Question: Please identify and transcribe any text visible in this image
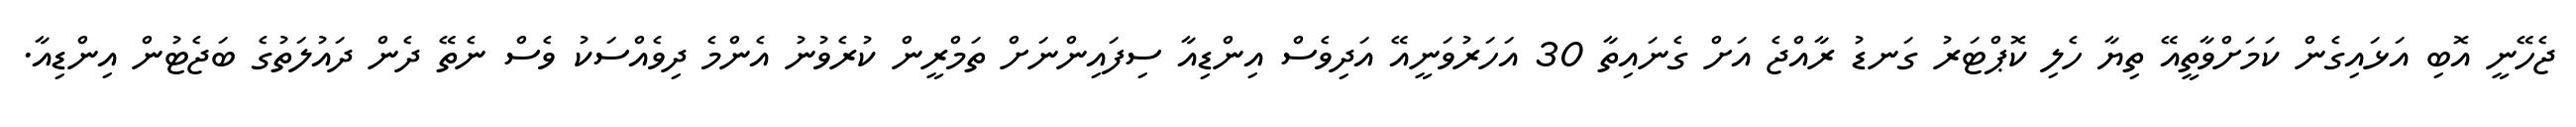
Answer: ޖެހޭނީ އޮބި އަޅައިގެން ކަމަށްވާތީއޭ ތިޔާ ހެލި ކޮޕްޓަރު ގަނޑު ރާއްޖެ އަށް ގެނައިތާ 30 އަހަރުވަނީއޭ އަދިވެސް އިންޑިއާ ސިފައިންނަށް ތަމްރީން ކުރެވުނު އެންމެ ދިވެއްސަކު ވެސް ނެތޭ ދެން ދައުލަތުގެ ބަޖެޓުން އިންޑިއާ.